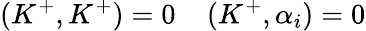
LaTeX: (K^{+},K^{+})=0\: \: \: \: \: (K^{+},\alpha_{i})=0